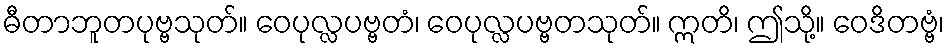
ဓီတာဘူတပုဗ္ဗသုတ်။ ဝေပုလ္လပဗ္ဗတံ၊ ဝေပုလ္လပဗ္ဗတသုတ်။ ဣတိ၊ ဤသို့။ ဝေဒိတဗ္ဗံ၊